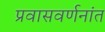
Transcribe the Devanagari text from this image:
प्रवासवर्णनांत